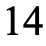
14